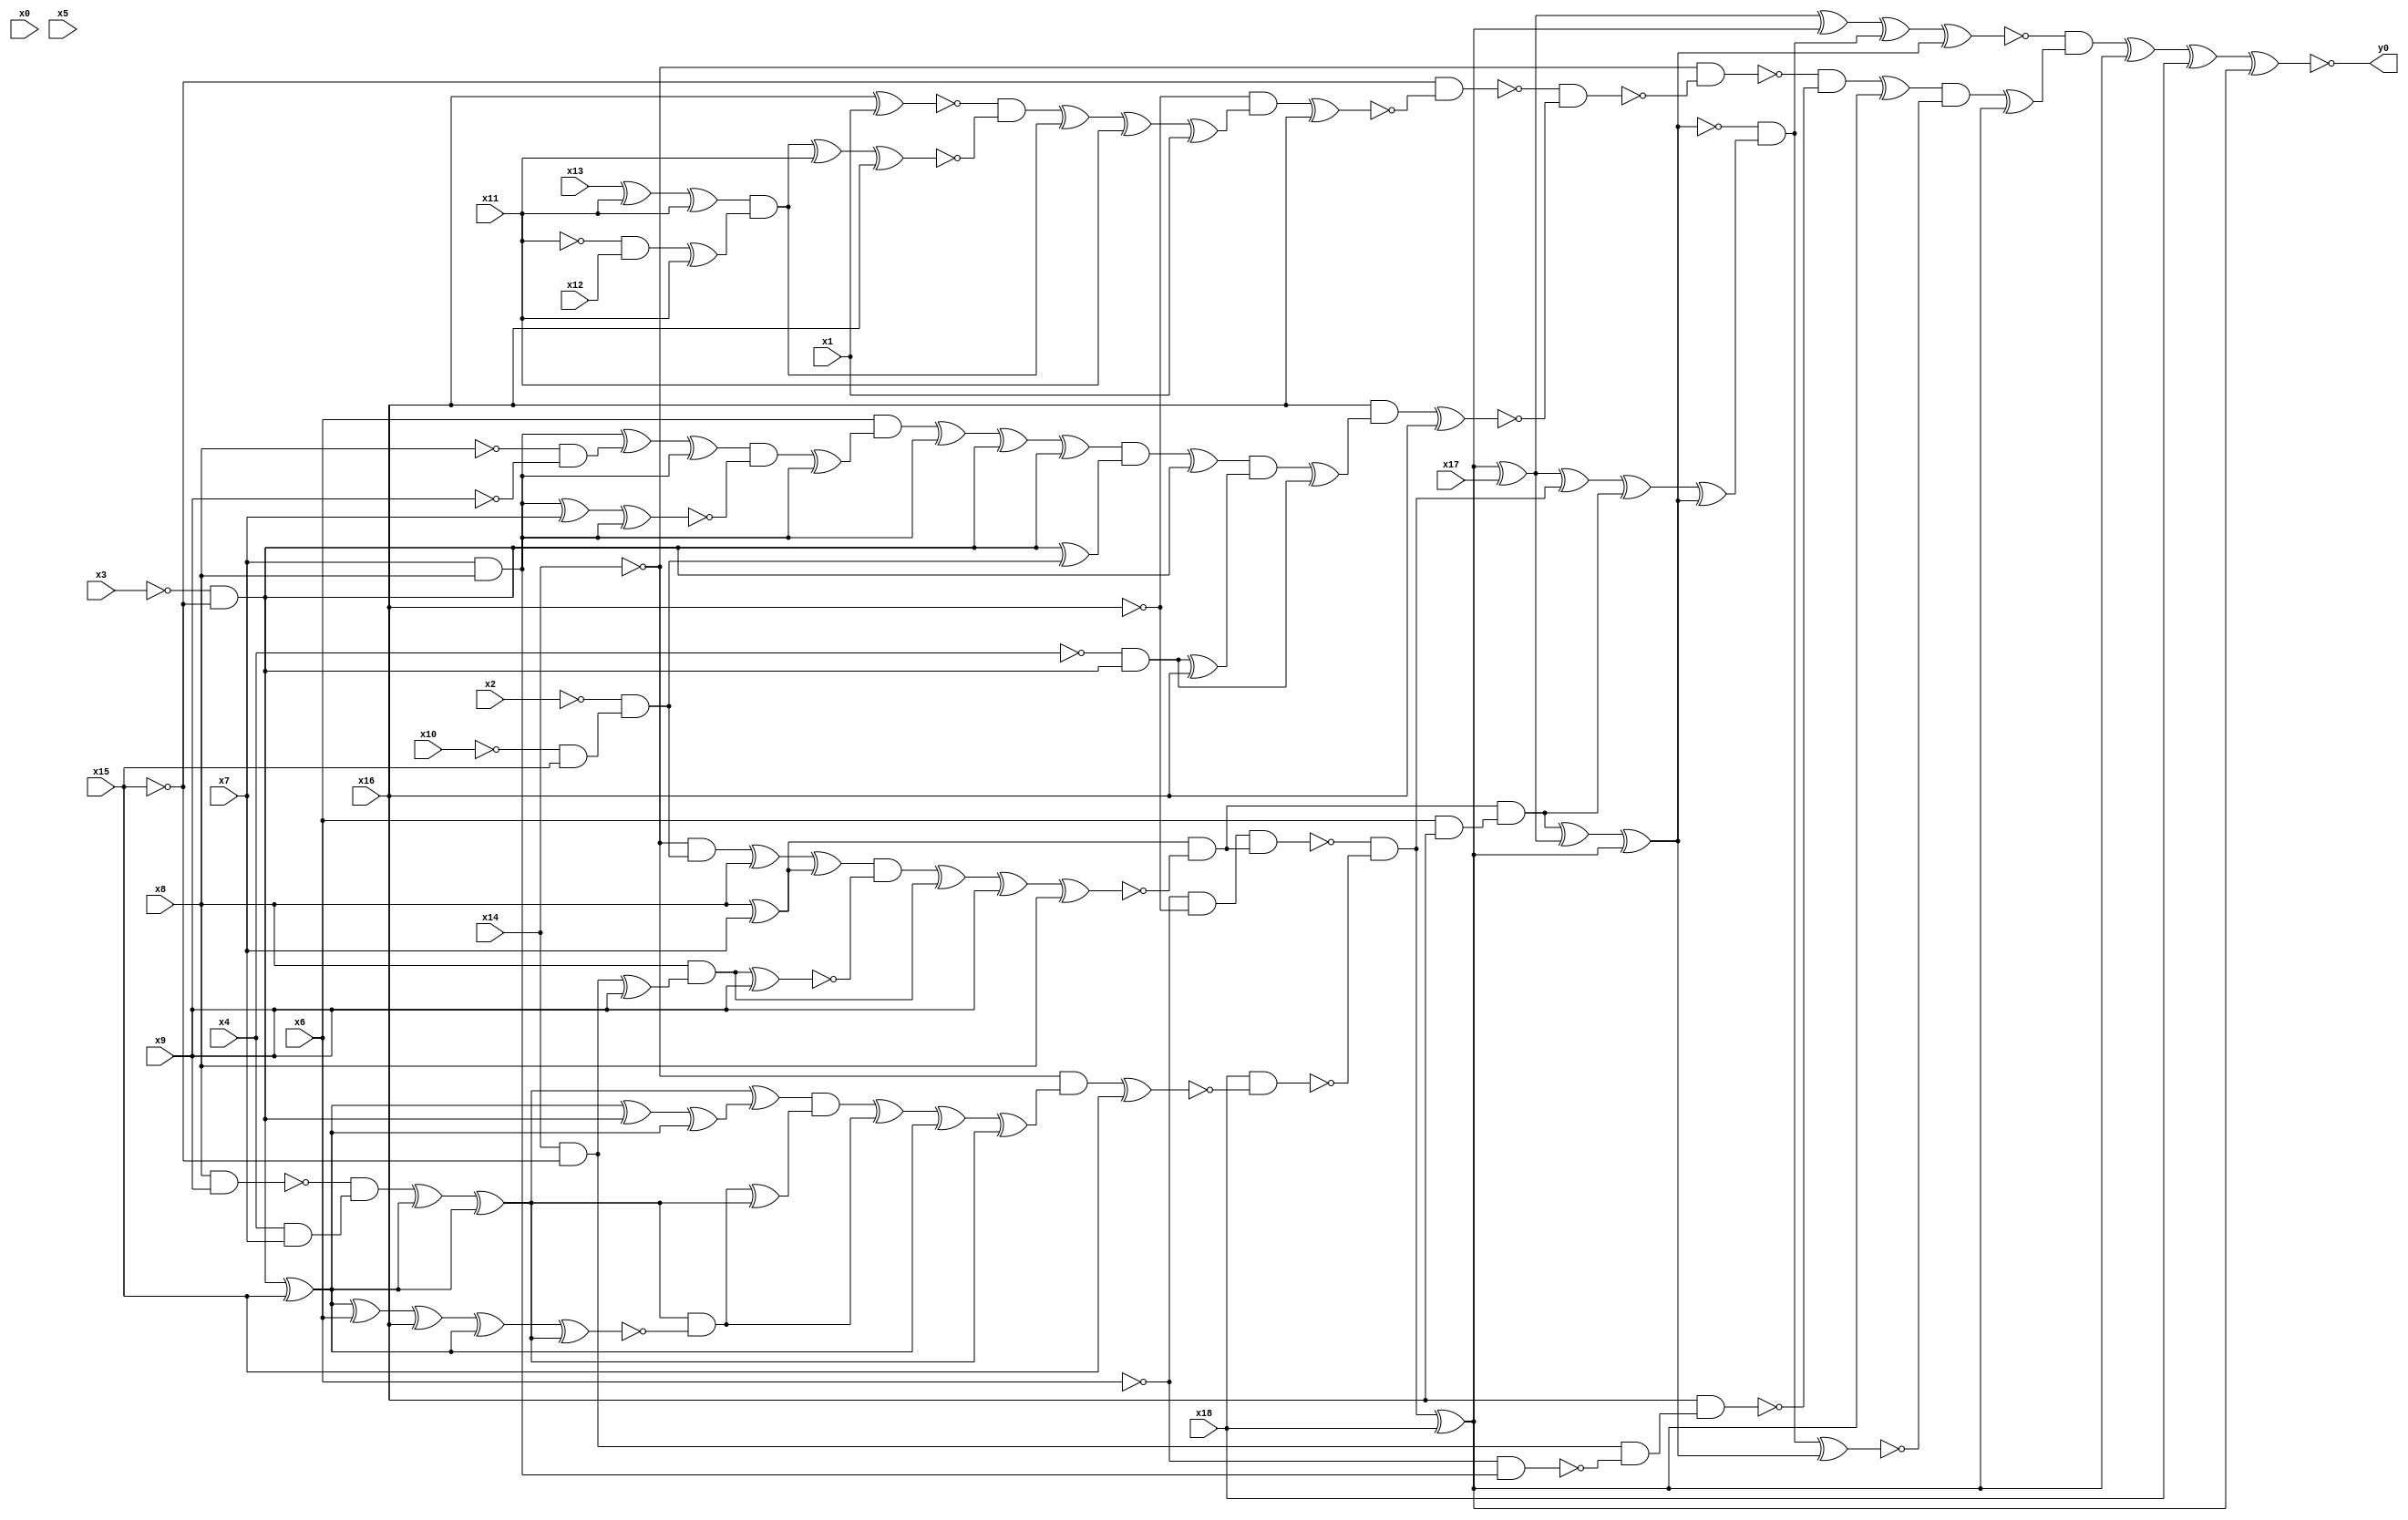
module top( x0 , x1 , x2 , x3 , x4 , x5 , x6 , x7 , x8 , x9 , x10 , x11 , x12 , x13 , x14 , x15 , x16 , x17 , x18 , y0 );
  input x0 , x1 , x2 , x3 , x4 , x5 , x6 , x7 , x8 , x9 , x10 , x11 , x12 , x13 , x14 , x15 , x16 , x17 , x18 ;
  output y0 ;
  wire n20 , n21 , n22 , n23 , n24 , n25 , n26 , n27 , n28 , n29 , n30 , n31 , n32 , n33 , n34 , n35 , n36 , n37 , n38 , n39 , n40 , n41 , n42 , n43 , n44 , n45 , n46 , n47 , n48 , n49 , n50 , n51 , n52 , n53 , n54 , n55 , n56 , n57 , n58 , n59 , n60 , n61 , n62 , n63 , n64 , n65 , n66 , n67 , n68 , n69 , n70 , n71 , n72 , n73 , n74 , n75 , n76 , n77 , n78 , n79 , n80 , n81 , n82 , n83 , n84 , n85 , n86 , n87 , n88 , n89 , n90 , n91 , n92 , n93 , n94 , n95 , n96 , n97 , n98 , n99 , n100 , n101 , n102 , n103 , n104 , n105 , n106 , n107 , n108 , n109 , n110 , n111 , n112 , n113 , n114 , n115 , n116 , n117 , n118 , n119 , n120 , n121 , n122 , n123 ;
  assign n20 = ~x6 & ~x16 ;
  assign n21 = x8 ^ x7 ;
  assign n22 = ~x10 & x15 ;
  assign n23 = ~x2 & n22 ;
  assign n24 = ~x14 & n23 ;
  assign n25 = n24 ^ x8 ;
  assign n26 = n25 ^ n21 ;
  assign n27 = x14 & ~x15 ;
  assign n28 = n27 ^ x9 ;
  assign n29 = x8 & n28 ;
  assign n30 = n29 ^ x9 ;
  assign n31 = n26 & ~n30 ;
  assign n32 = n31 ^ n29 ;
  assign n33 = n32 ^ x9 ;
  assign n34 = n33 ^ x8 ;
  assign n35 = n21 & ~n34 ;
  assign n36 = n20 & n35 ;
  assign n41 = x8 & x9 ;
  assign n42 = x4 & x7 ;
  assign n43 = ~n41 & n42 ;
  assign n37 = ~x3 & ~x15 ;
  assign n38 = n37 ^ x15 ;
  assign n44 = n43 ^ n38 ;
  assign n45 = n44 ^ n38 ;
  assign n39 = n38 ^ n37 ;
  assign n40 = n39 ^ n38 ;
  assign n46 = n45 ^ n40 ;
  assign n47 = n38 ^ x6 ;
  assign n48 = n47 ^ x16 ;
  assign n49 = n48 ^ n38 ;
  assign n50 = n49 ^ n45 ;
  assign n51 = n45 & ~n50 ;
  assign n52 = n51 ^ n45 ;
  assign n53 = n46 & n52 ;
  assign n54 = n53 ^ n51 ;
  assign n55 = n54 ^ n38 ;
  assign n56 = n55 ^ n45 ;
  assign n57 = ~x14 & n56 ;
  assign n58 = n57 ^ x15 ;
  assign n59 = x18 & ~n58 ;
  assign n60 = ~n36 & ~n59 ;
  assign n61 = n60 ^ x18 ;
  assign n62 = n61 ^ x17 ;
  assign n71 = n62 ^ n61 ;
  assign n63 = x6 & x16 ;
  assign n64 = n35 & n63 ;
  assign n65 = n64 ^ n62 ;
  assign n66 = n65 ^ n61 ;
  assign n67 = n62 ^ n60 ;
  assign n68 = n67 ^ n64 ;
  assign n69 = n68 ^ n66 ;
  assign n70 = ~n66 & n69 ;
  assign n72 = n71 ^ n70 ;
  assign n73 = n72 ^ n66 ;
  assign n74 = x16 ^ x1 ;
  assign n75 = x13 ^ x11 ;
  assign n76 = n75 ^ x11 ;
  assign n77 = ~x11 & x12 ;
  assign n78 = n77 ^ x11 ;
  assign n79 = n76 & n78 ;
  assign n80 = n79 ^ x11 ;
  assign n81 = n80 ^ x16 ;
  assign n82 = ~n74 & ~n81 ;
  assign n83 = n82 ^ n79 ;
  assign n84 = n83 ^ x11 ;
  assign n85 = n84 ^ x1 ;
  assign n86 = ~x16 & n85 ;
  assign n87 = n86 ^ x16 ;
  assign n88 = ~x15 & ~n87 ;
  assign n90 = x7 & x8 ;
  assign n89 = ~x8 & ~x9 ;
  assign n91 = n90 ^ n89 ;
  assign n92 = n91 ^ n90 ;
  assign n93 = n90 ^ x7 ;
  assign n94 = n93 ^ n90 ;
  assign n95 = n92 & ~n94 ;
  assign n96 = n95 ^ n90 ;
  assign n97 = x6 & n96 ;
  assign n98 = n97 ^ n90 ;
  assign n99 = n98 ^ n37 ;
  assign n100 = n99 ^ n37 ;
  assign n101 = n37 ^ n23 ;
  assign n102 = n100 & n101 ;
  assign n103 = n102 ^ n37 ;
  assign n104 = ~x4 & n37 ;
  assign n105 = n104 ^ x16 ;
  assign n106 = n103 & n105 ;
  assign n107 = n106 ^ n104 ;
  assign n108 = x16 & n107 ;
  assign n109 = n108 ^ x16 ;
  assign n110 = ~n88 & ~n109 ;
  assign n111 = ~x14 & ~n110 ;
  assign n112 = ~x6 & n90 ;
  assign n113 = n27 & ~n112 ;
  assign n114 = x16 & n113 ;
  assign n115 = ~n111 & ~n114 ;
  assign n116 = n115 ^ n61 ;
  assign n117 = n70 ^ n66 ;
  assign n118 = n116 & ~n117 ;
  assign n119 = n118 ^ n61 ;
  assign n120 = ~n73 & n119 ;
  assign n121 = n120 ^ n61 ;
  assign n122 = n121 ^ x18 ;
  assign n123 = n122 ^ n61 ;
  assign y0 = ~n123 ;
endmodule